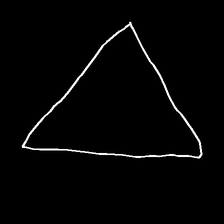
Glyph: convergence